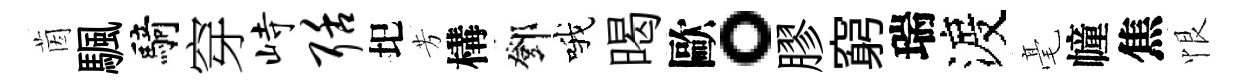
茵颿騎穿峙聒圯芳構鄧哦暍歐。膠窮瑞渡毫幢焦恨